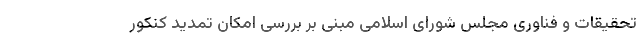
تحقیقات و فناوری مجلس شورای اسلامی مبنی بر بررسی امکان تمدید کنکور